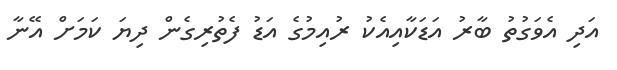
އަދި އެވަގުތު ބާރު އަޑަކާއިއެކު ރުއިމުގެ އަޑު ފެތުރިގެން ދިޔަ ކަމަށް އޭނާ